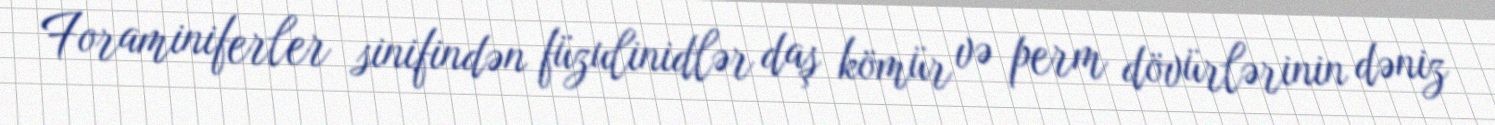
Foraminiferler sinifindən füzulinidlər daş kömür və perm dövürlərinin dəniz